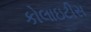
કોલાઇટીસ